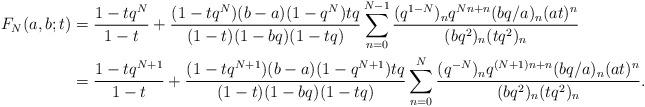
LaTeX: \begin{align*}F_{N}(a, b; t)&= \frac{1-tq^N}{1-t} + \frac{(1-tq^N)(b-a)(1-q^N)tq}{(1-t)(1-bq)(1-tq)}\sum_{n=0}^{N-1}\frac{(q^{1-N})_{n}q^{Nn+n}(bq/a)_{n}(at)^{n}}{(bq^2)_{n}(tq^2)_{n}}\\&= \frac{1-tq^{N+1}}{1-t} + \frac{(1-tq^{N+1})(b-a)(1-q^{N+1})tq}{(1-t)(1-bq)(1-tq)}\sum_{n=0}^{N}\frac{(q^{-N})_{n}q^{(N+1)n+n}(bq/a)_{n}(at)^{n}}{(bq^2)_{n}(tq^2)_{n}}.\end{align*}